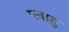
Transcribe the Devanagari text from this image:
प्लातु